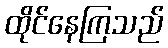
ထိုင်နေကြသည်